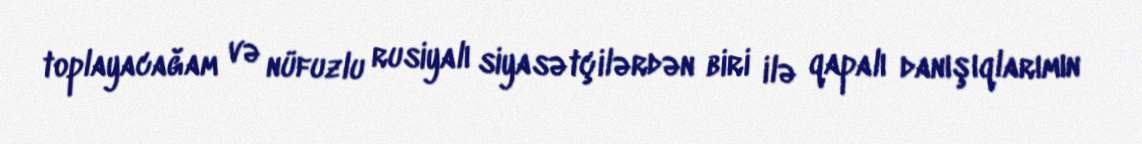
toplayacağam və nüfuzlu rusiyalı siyasətçilərdən biri ilə qapalı danışıqlarımın